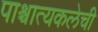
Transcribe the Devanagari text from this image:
पाश्चात्यकलेची